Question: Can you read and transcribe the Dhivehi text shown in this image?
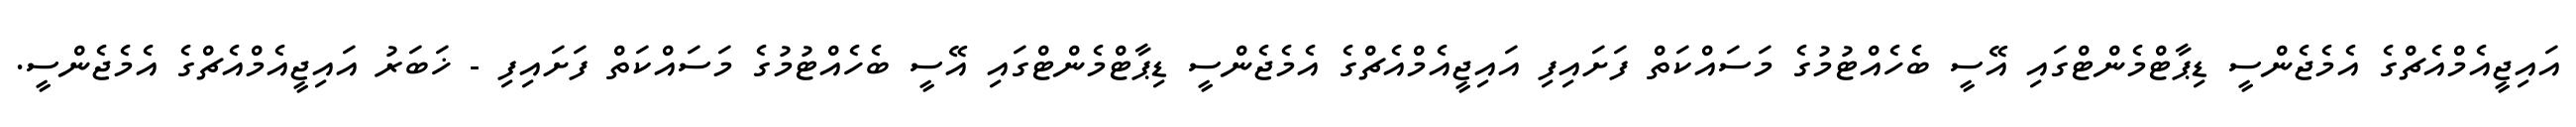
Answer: އައިޖީއެމްއެޗްގެ އެމެޖެންސީ ޑިޕާޓްމެންޓްގައި އޭސީ ބެހެއްޓުމުގެ މަސައްކަތް ފަށައިފި އައިޖީއެމްއެޗްގެ އެމެޖެންސީ ޑިޕާޓްމެންޓްގައި އޭސީ ބެހެއްޓުމުގެ މަސައްކަތް ފަށައިފި - ޚަބަރު އައިޖީއެމްއެޗްގެ އެމެޖެންސީ.